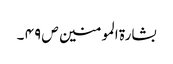
بشارۃ المومنین ص ۴۹ ۔